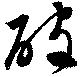
破